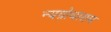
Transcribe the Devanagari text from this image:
न्यग्रोधाराम